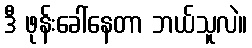
ဒီ ဖုန်းခေါ်နေတာ ဘယ်သူလဲ။